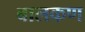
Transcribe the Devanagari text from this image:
बालकण